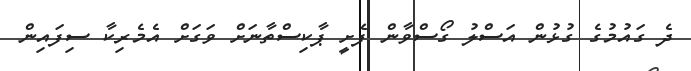
ދެ ގައުމުގެ ގުޅުން އަސްލު ގޯސްވާން ފެށީ ޕާކިސްތާނަށް ވަގަށް އެމެރިކާ ސިފައިން